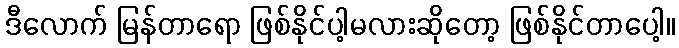
ဒီလောက် မြန်တာရော ဖြစ်နိုင်ပါ့မလားဆိုတော့ ဖြစ်နိုင်တာပေါ့။